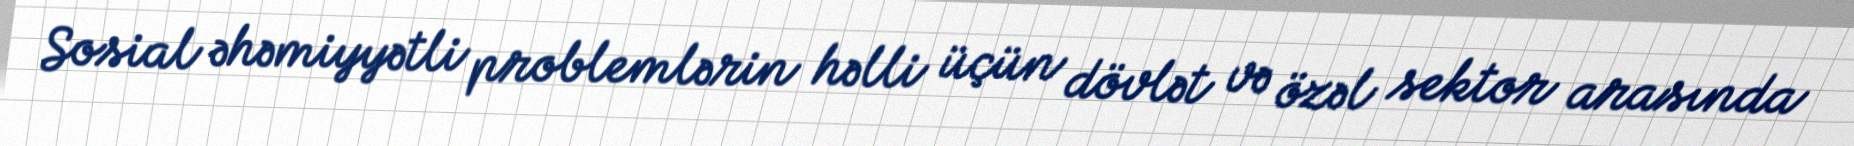
Sosial əhəmiyyətli problemlərin həlli üçün dövlət və özəl sektor arasında